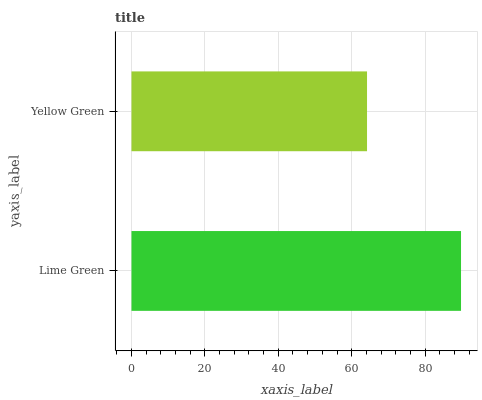
| yaxis_label | bars |
 | --- | --- |
 | Lime Green | 89.8 |
 | Yellow Green | 64.2 |